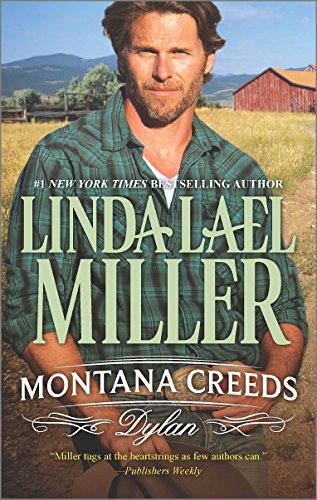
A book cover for Montana Creeds: Dylan (The Montana Creeds); Linda Lael Miller; Romance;